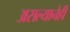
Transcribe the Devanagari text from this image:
असल्यानेही